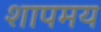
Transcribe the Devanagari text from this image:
शापमय